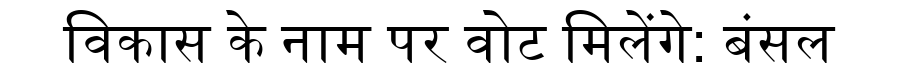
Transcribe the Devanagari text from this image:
विकास के नाम पर वोट मिलेंगे: बंसल